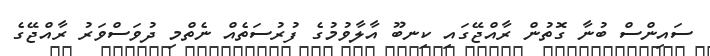
ސައިންސް ބުނާ ގޮތުން ރާއްޖޭގައި ކިނބޫ އާލާވުމުގެ ފުރުސަތެއް ނެތްމި ދުވަސްވަރު ރާއްޖޭގެ